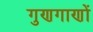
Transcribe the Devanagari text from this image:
गुणगाणों